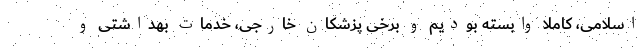
اسلامی، کاملاً وابسته بودیم و برخی پزشکان خارجی، خدمات بهداشتی و